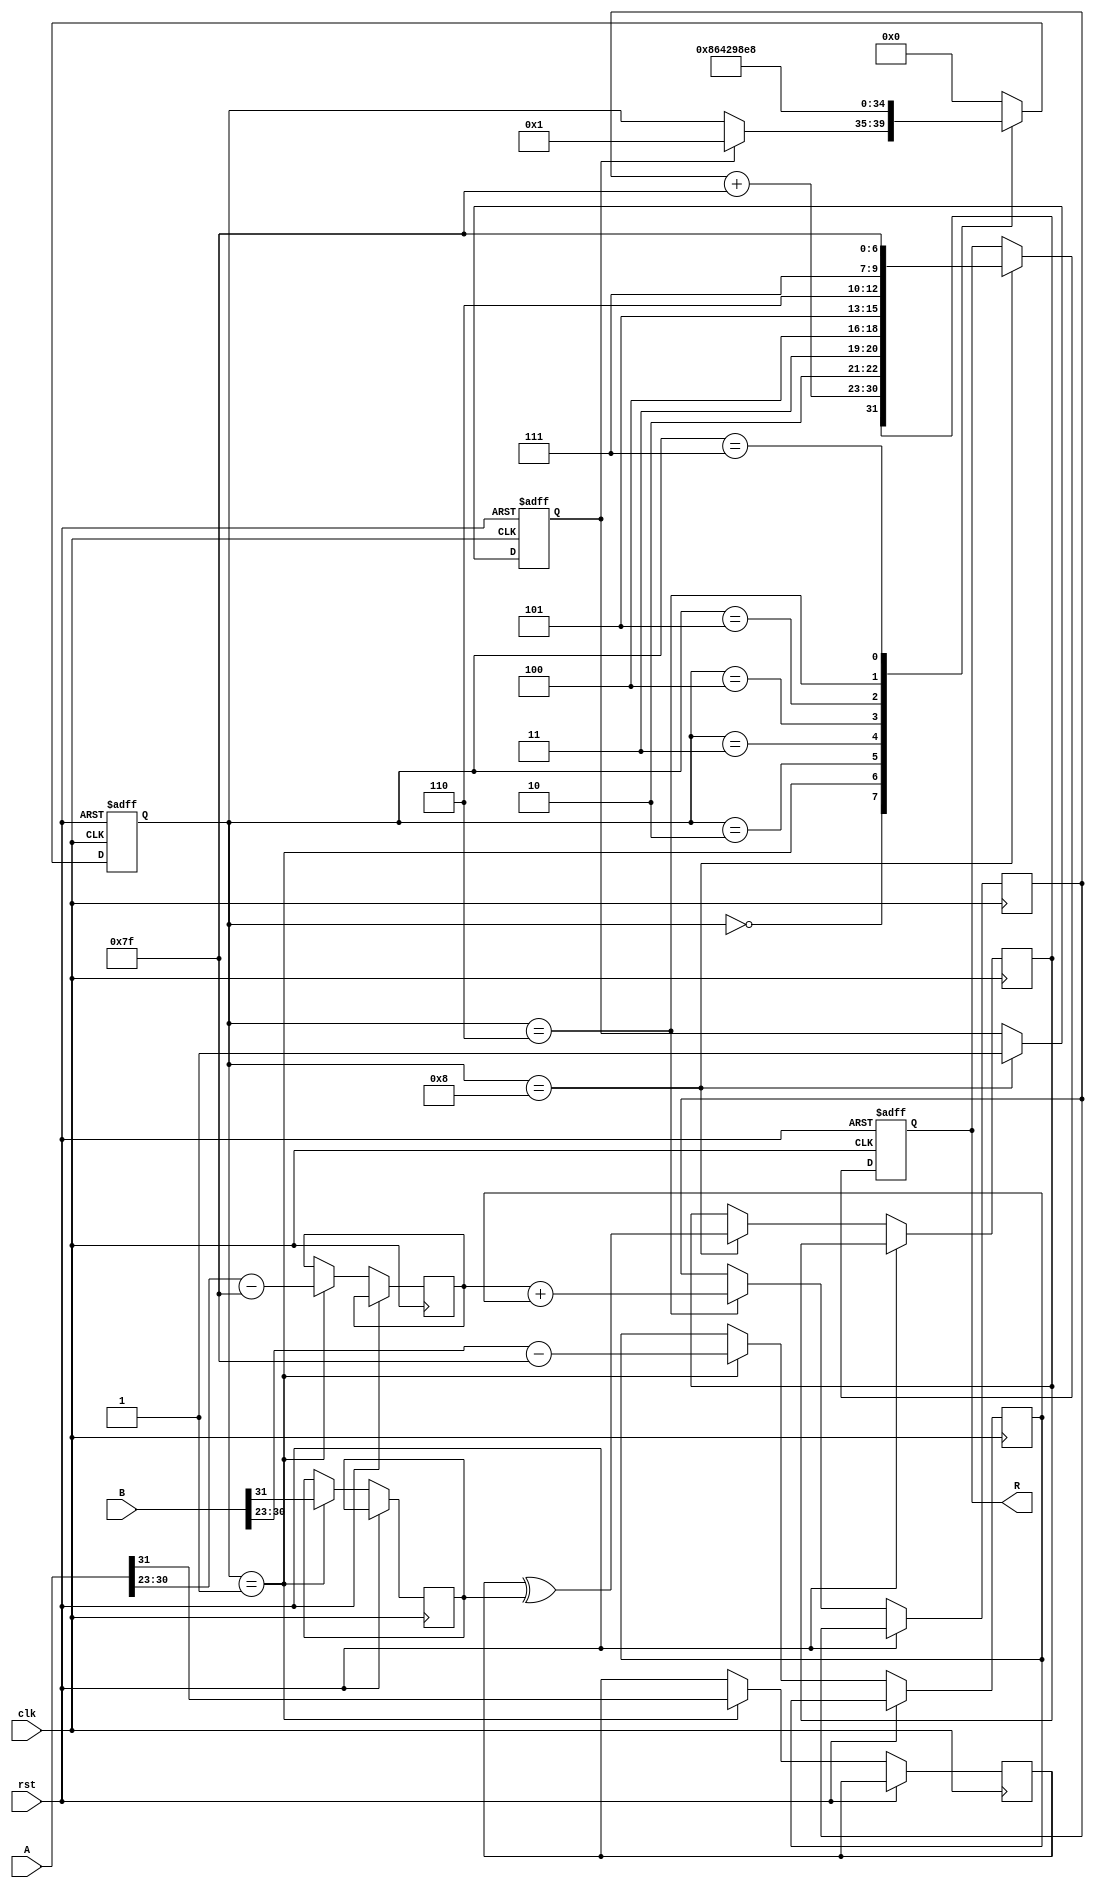
module radix4_fp_multiplier (
    input      [31:0] A, // First floating-point operand
    input      [31:0] B, // Second floating-point operand
    output reg [31:0] R, // Result of multiplication
    input      clk,
    input      rst
);
    // Internal signals
    reg [7:0]   expA, expB, expR;
    reg [23:0]  mantA, mantB, mantR;
    reg         signA, signB, signR;
    reg         valid; // State for FSM
    reg [4:0]   state; // FSM state for controlling processes

    // Parameters for state machine
    localparam IDLE = 5'b00000,
               EXTRACT = 5'b00001,
               NORMALIZE = 5'b00010,
               BOOTH_ENCODE = 5'b00011,
               PARTIAL_PRODUCT = 5'b00100,
               ADDER_TREE = 5'b00101,
               EXP_CALC = 5'b00110,
               NORMALIZE_RESULT = 5'b00111,
               OUTPUT = 5'b01000;

    // FSM to control the operations
    always @(posedge clk or posedge rst) begin
        if (rst) begin
            state <= IDLE;
            valid <= 0;
            R <= 32'b0;
        end else begin
            case (state)
                IDLE: begin
                    if (valid) // Assuming valid is set when inputs are ready
                        state <= EXTRACT;
                end
                EXTRACT: begin
                    // Extract sign, exponent and mantissa
                    signA <= A[31];
                    signB <= B[31];
                    expA <= A[30:23] - 8'd127; // Remove bias
                    expB <= B[30:23] - 8'd127; // Remove bias
                    mantA <= {1'b1, A[22:0]}; // Normalized mantissa
                    mantB <= {1'b1, B[22:0]}; // Normalized mantissa
                    state <= NORMALIZE;
                end
                NORMALIZE: begin
                    // Handle normalization if necessary
                    // (Assuming mantA and mantB are already normalized)
                    state <= BOOTH_ENCODE;
                end
                BOOTH_ENCODE: begin
                    // Implement Radix-4 Booth encoding here
                    // Generate control signals for partial product generation
                    // This part will depend on the implementation specifics
                    state <= PARTIAL_PRODUCT;
                end
                PARTIAL_PRODUCT: begin
                    // Generate the partial products based on Booth encoding
                    // This is a simplified implementation
                    // You may need to shift and add based on Booth encoding
                    state <= ADDER_TREE;
                end
                ADDER_TREE: begin
                    // Use carry-save adders (CSAs) to sum the partial products
                    // Create a simple adder tree structure here
                    // For now, assume mantR is the result from this stage
                    state <= EXP_CALC;
                end
                EXP_CALC: begin
                    // Calculate the resulting exponent
                    expR <= expA + expB; // Add the exponents
                    // Handle overflow and underflow here
                    // (not fully implemented, needs detail)
                    state <= NORMALIZE_RESULT;
                end
                NORMALIZE_RESULT: begin
                    // Normalize the result mantissa
                    // Shift the mantR if necessary and adjust expR
                    state <= OUTPUT;
                end
                OUTPUT: begin
                    // Pack the result into the output register
                    signR <= signA ^ signB;
                    R <= {signR, expR + 8'd127, mantR[22:0]}; // Reapply bias
                    valid <= 1; // Mark operation as valid
                    state <= IDLE; // Go back to idle
                end
                default: state <= IDLE; // Safety fallback
            endcase
        end
    end
endmodule